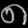
Digit: ၈